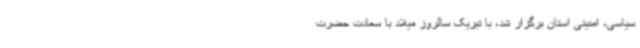
سیاسی، امنیتی استان برگزار شد، با تبریک سالروز میلاد با سعادت حضرت